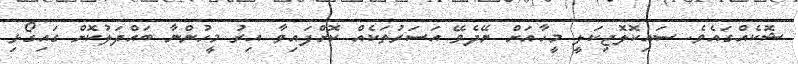
ޝޮކެއްގައެވެ. ސައިކޮލޮޖިކަލީ މީހާއަށް ނޭދެވޭ އަސަރުތަކެއް ކޮށްފައިވާ އިރު މީހުންނާ ބައްދަލުކޮށް ގައިގޯޅި